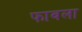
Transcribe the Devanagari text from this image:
फावला